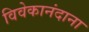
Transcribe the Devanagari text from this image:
विवेकानंदाना